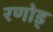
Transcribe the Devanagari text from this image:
रणोड्